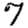
Digit: 7